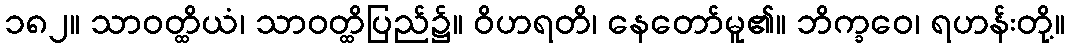
၁၈၂။ သာဝတ္ထိယံ၊ သာဝတ္ထိပြည်၌။ ဝိဟရတိ၊ နေတော်မူ၏။ ဘိက္ခဝေ၊ ရဟန်းတို့။